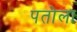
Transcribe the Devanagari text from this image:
पतोला